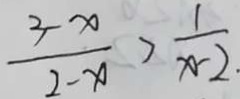
\frac { 3 - x } { 2 - x } > \frac { 1 } { x - 2 } .